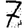
Digit: 7